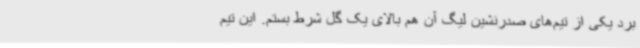
برد یکی از تیم‌های صدرنشین لیگ آن هم بالای یک گل شرط بستم. این تیم